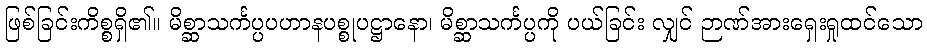
ဖြစ်ခြင်းကိစ္စရှိ၏။ မိစ္ဆာသင်္ကပ္ပပဟာနပစ္စုပဋ္ဌာနော၊ မိစ္ဆာသင်္ကပ္ပကို ပယ်ခြင်း လျှင် ဉာဏ်အားရှေးရှုထင်သော